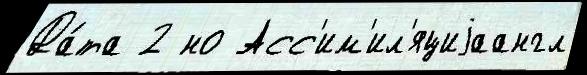
Да́та 2 но Асс'им'ил'яциjаангл